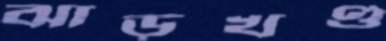
ঝাড়খণ্ড